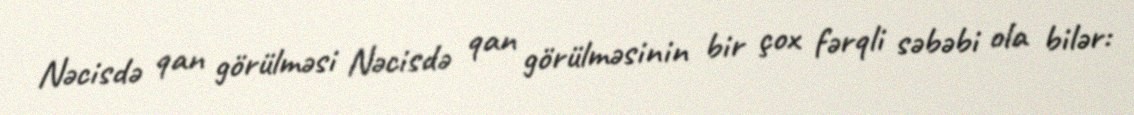
Nəcisdə qan görülməsi Nəcisdə qan görülməsinin bir çox fərqli səbəbi ola bilər: